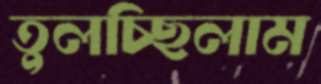
তুলচ্ছিলাম